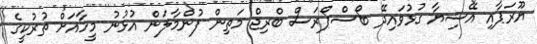
ޔޫރަޕާއި އޭޝިޔާ ގުޅުވައިދޭ ބޯސްޕޯރަސް ބްރިޖް މަތިން ފުންމާލަން އުޅުނު މީހާއަށް ތުރުކީގެ